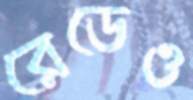
রেডেও